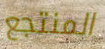
المنتجع